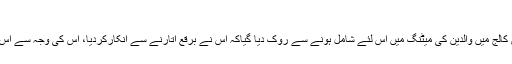
کالج میں داخل ہوناہے تو برقع اتارو
لندن :ایک مسلم خاتون کو ایک برطانوی کالج میں والدین کی میٹنگ میں اس لئے شامل ہونے سے روک دیا گیاکہ اس نے برقع اتارنے سے انکارکردیا، اس کی وجہ سے اس خاتون نے بے حد ندامت محسوس کی ۔